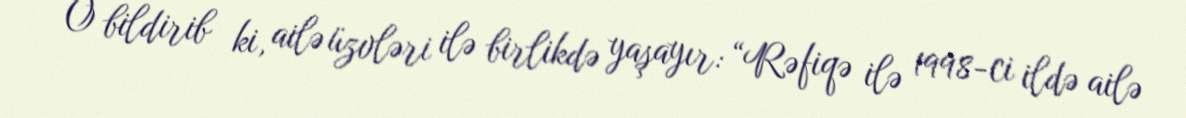
O bildirib ki, ailə üzvləri ilə birlikdə yaşayır: “Rəfiqə ilə 1998-ci ildə ailə